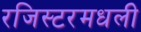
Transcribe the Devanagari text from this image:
रजिस्‍टरमधली